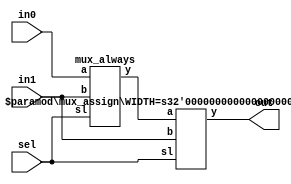

module 	muxt(in0, in1, sel, out);
// Declaracin Inputs y Outputs
input [7:0]	 in0, in1;
input	      sel;
output [7:0]	 out;
// Descripcin de los nodos internos
wire [7:0]	 y0;
// Conexionado por orden
mux_always  mux0(in0, in1, sel, y0);
// Conexionado por nombre
mux_assign #(8) mux1(.y(out), .b(in1), .a(y0), .sl(sel));
endmodule

module    mux_always
(
a,b,sl,y
) ;
parameter size=8;
input	[size-1:0]	a, b;
input		sl;
output reg 	[size-1:0]	y;
always @(a or b or sl)
	if (sl == 1)
		y = a;
	else
		y = b;

endmodule
module     mux_assign #(parameter WIDTH=8) 
(
    input	[WIDTH-1:0]	a, b,
    input		sl,
    output 	[WIDTH-1:0]	y
) ;

assign #1 y = (sl) ? a : b;
endmodule